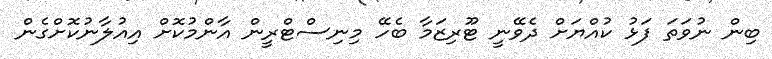
ބިން ނުވަތަ ފަޅު ކުއްޔަށް ދެވޭނީ ޓޫރިޒަމާ ބެހޭ މިނިސްޓްރީން އާންމުކޮށް އިއުލާނުކޮށްގެން